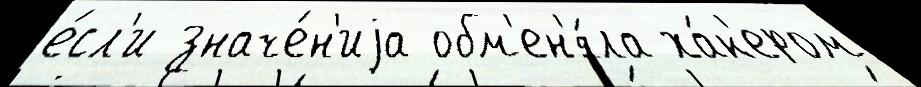
е́сл'и значе́н'иjа обм'ен'я́ла ха́к'ером